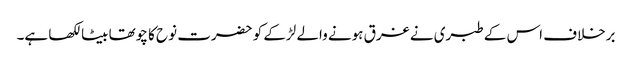
برخلاف اس کے طبری نے غرق ہونے والے لڑکے کو حضرت نوح کا چوتھا بیٹا لکھا ہے۔